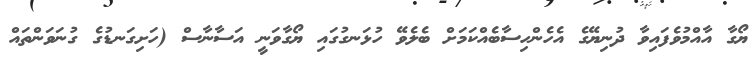
ޔޯގާ އާއްމުވެފައިވާ ދުނިޔޭގެ އެހެންހިސާބެއްކަމަށް ބެލެވޭ ހުޅަނގުގައި ޔޯގާވަނީ އަސާނާސް (ހަށިގަނޑުގެ ގުނަވަންތައް